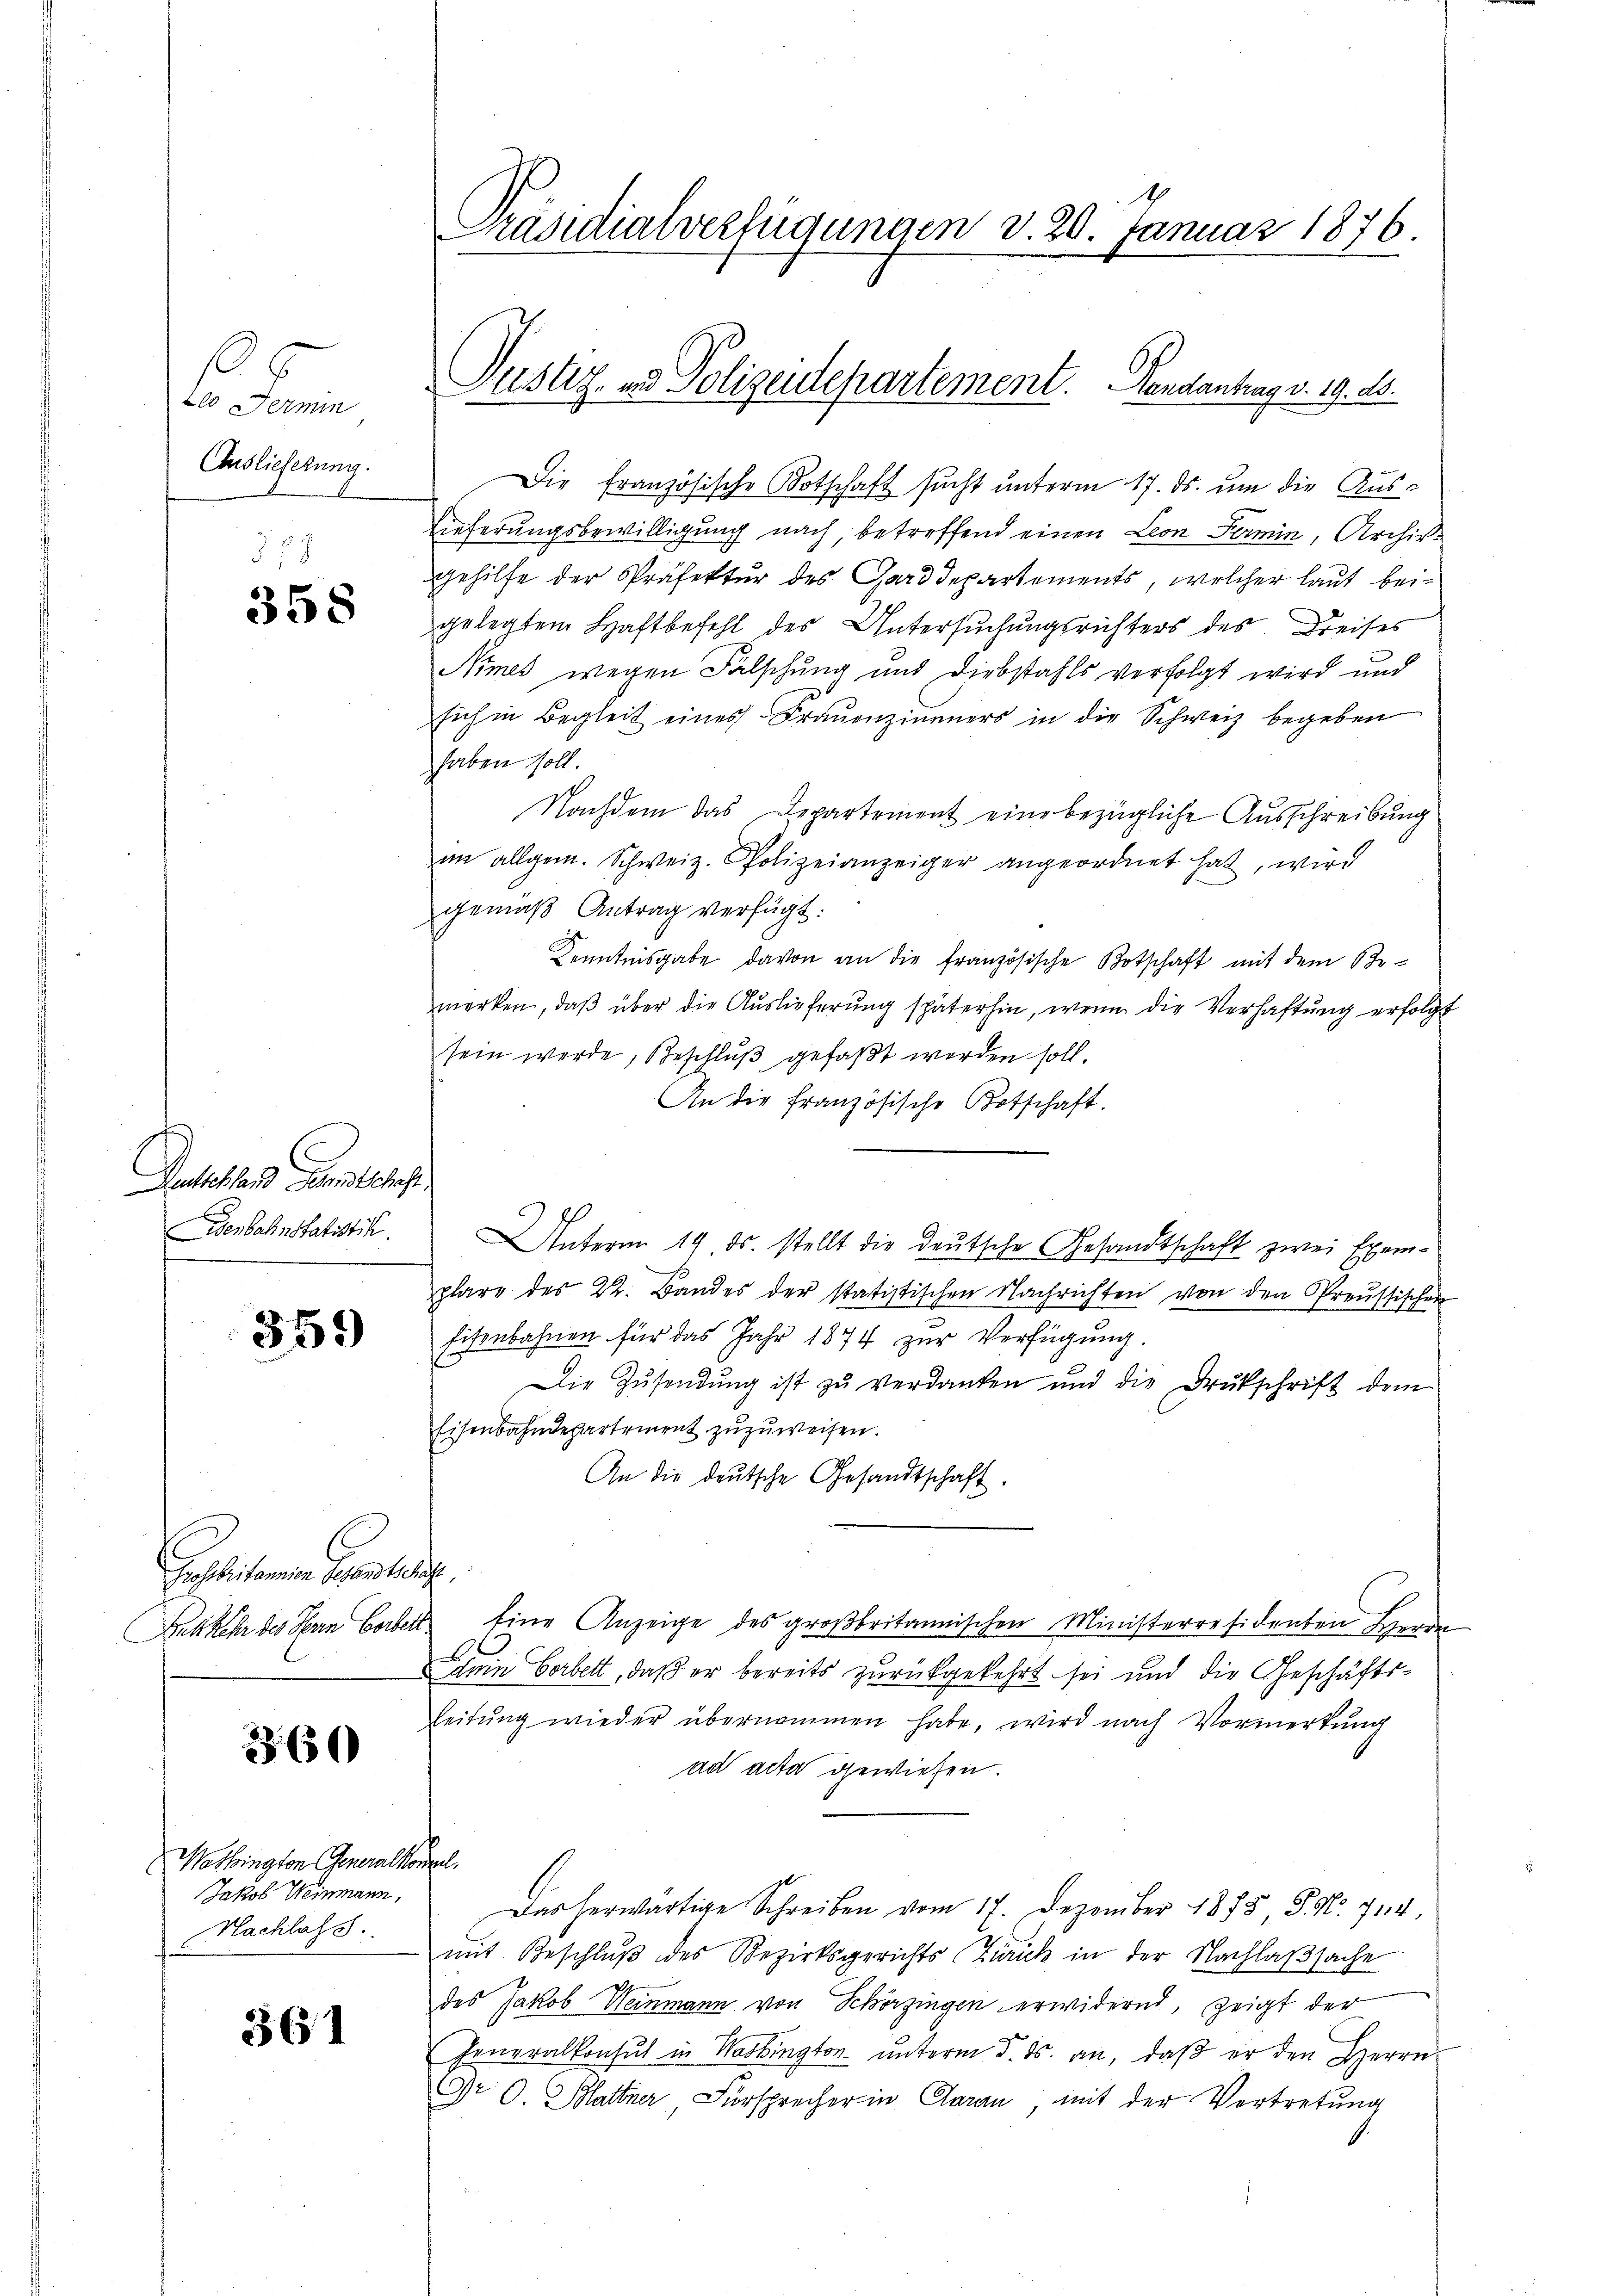
6
te Fermin,
Auslieferung.

358

359

Posbritamen Gegentlich

360

361

Antechen Landtschaf
Eisenbahnstatistik.

Washington Generalkommel.
Jakob Weinmann,
Nachlass.

Die Französische Botschaft sucht unterm 17. ds. um die Aus¬
Lieferungsbewilligung nach, betreffend einen Leon Fermin, Archiv
Gehilfe der Präfektur des Garddepartements, welcher laut beigelegtem Haftbefehl des Untersuchungsrichters des Dreises
Nimes wegen Fälschung und Diebstahls verfolgt wird und
sich in Begleit eines Frauenzinners in die Schweiz begeben
haben soll.
Nachdem das Departement eine bezügliche Ausschreibung
im allgem. Schweiz. Polizeianzeiger angeordnet hat, wird
gemäß Antrag verfügt:
Kenntnisgabe davon an die französische Botschaft mit dem Ste-
merken, daβ über die Aŭslieferŭng späterhin, wenn die Verhaftŭng erfolgt
sein werde, Beschlŭβ gefaßt worden soll.
An die französische Botschaft.
UUnterm 19. ds. stellt die deutsche Gesandtschaft zwei Exemplare des 22. Bandes der statistischen Nachrichten von den Preussischen
Eisenbahnen für das Jahr 1874 zur Verfügung.
Die Zŭsendŭng ist zŭ verdanken und die Drukschrift dem
Eisenbahndepartement zuzuweisen.
An die deutsche Gesandtschaft.
Dabkehr des Herrn Corbert eine Anzeige des großbritannischen Ministerresidenten Herrn
ein Gerbett, daß er bereits zurückgekehrt sei und die Geschäfts¬
Leitŭng wieder übernommen habe, wird nach Vormerkung
ad acta gewiesen.
Das herwärtige Schreiben vom 17. Dezember 1875 S. Nr. 714
mit Beschluß des Bezirksgerichts Zürich in der Nachlaßsache
e
des Jakob Weinmann von Schörzingen erwidernd, zeigt der
Generalkonsul in Washington ŭnterm 5. ds. an, daβ er den Herrn
Dr. O. Mattner, Fürsprecher in Garan, mit der Vertretung

Präsidialverfügungen v. 20. Januar 1876.

Justiz- und Polizeidepartement. Gendantrag v. 19. ds.
7